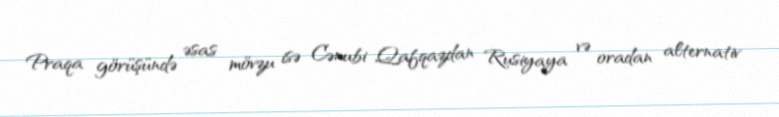
Praqa görüşündə əsas mövzu isə Cənubi Qafqazdan Rusiyaya və oradan alternativ